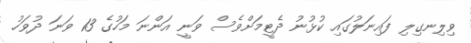
ވިލިނގިލި ފައިނަލުގައި ކުޅުނު ދެޓީމަށްވެސް ވަނީ އަންނަ މަހުގެ 13 ވަނަ ދުވަހު